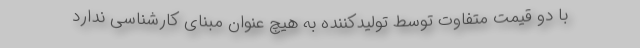
با دو قیمت متفاوت توسط تولیدکننده به هیچ عنوان مبنای کارشناسی ندارد